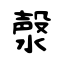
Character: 漀